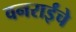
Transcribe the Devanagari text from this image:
वनराईंचे